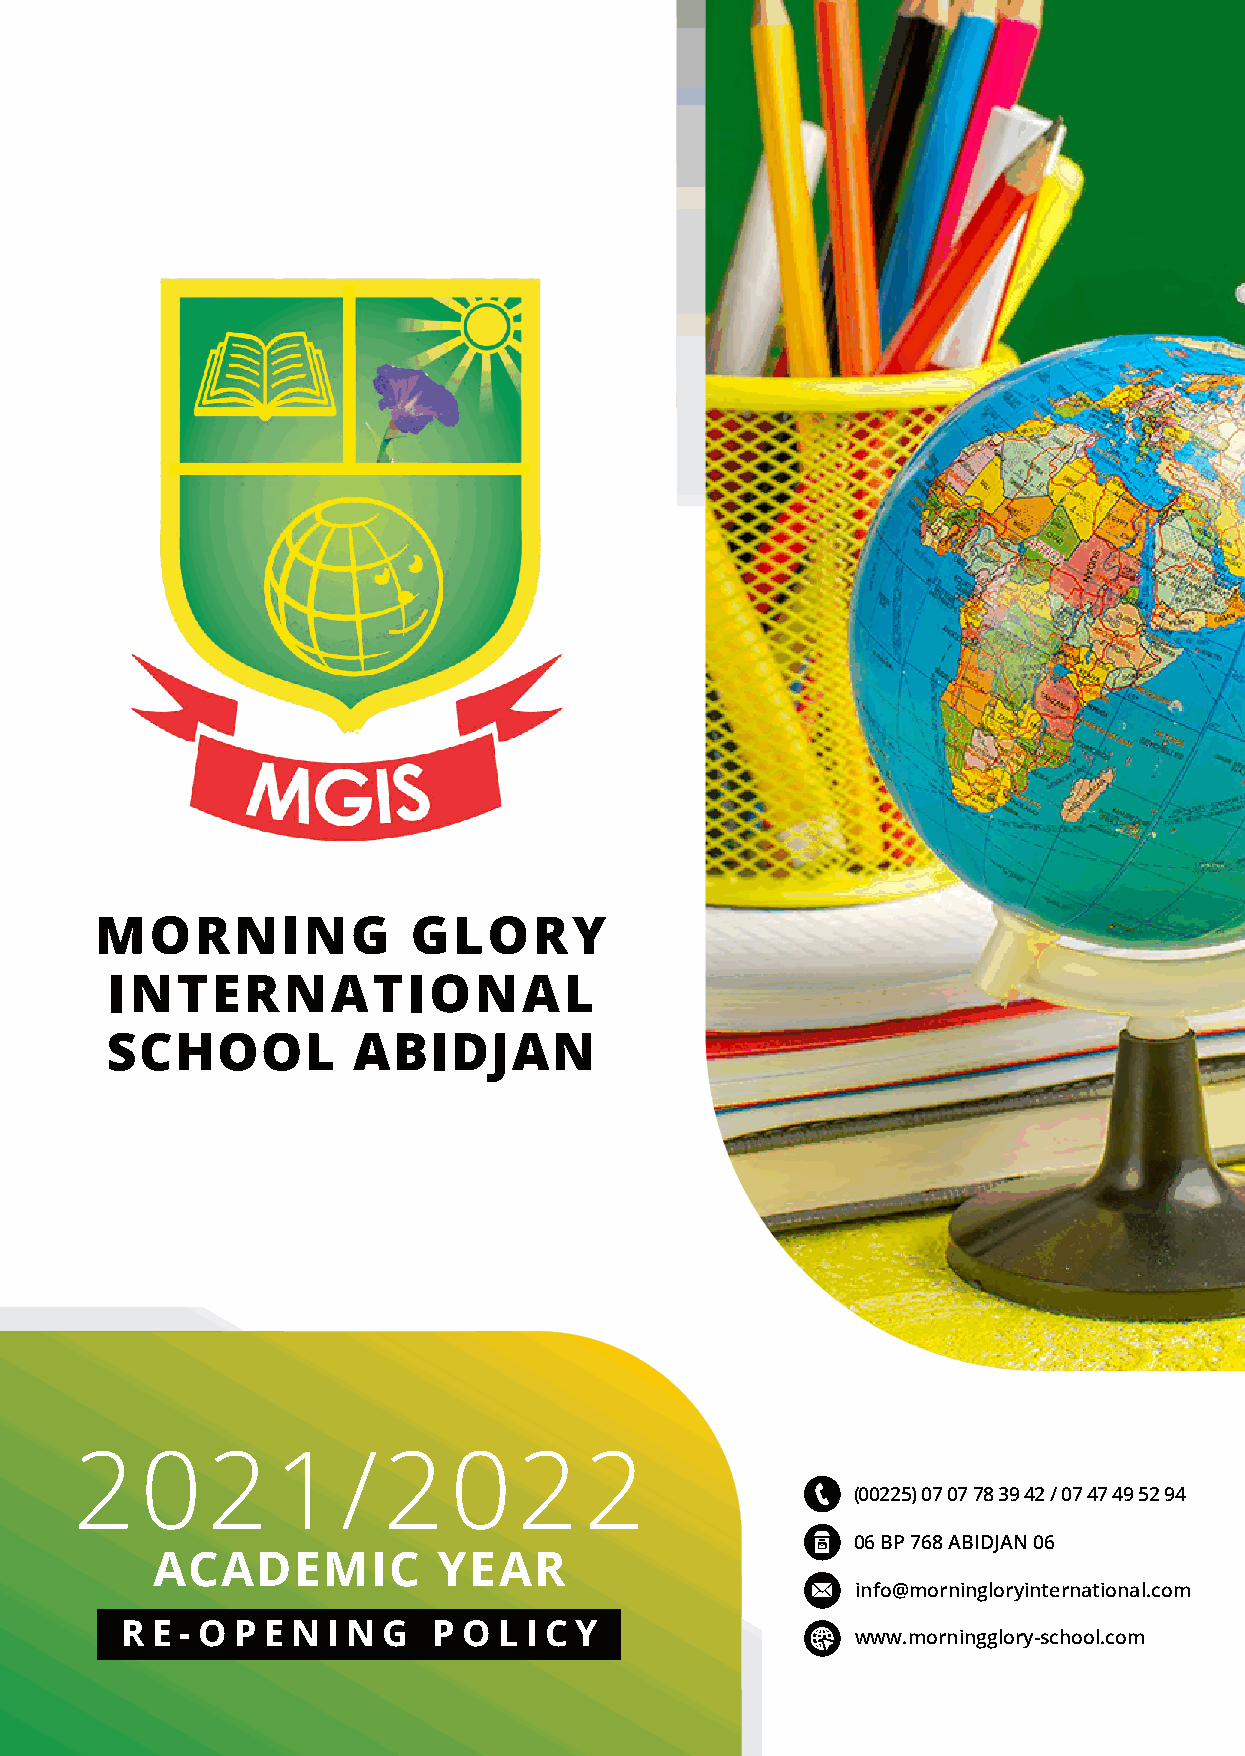
MORNING              GLORY
 INTERNATIONAL
 SCHOOL          ABIDJAN
 2021/2022
 (00225) 07 07 78 39 42 / 07 47 49 52 94
 06 BP 768 ABIDJAN 06
 ACADEMIC           YEAR
 info@morningloryinternational.com
 R E - O P E N I N G  P O L I C Y
 www.morningglory-school.com